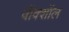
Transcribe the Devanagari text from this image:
वॉक्शॉल